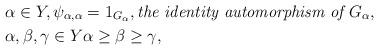
LaTeX: \begin{align*} & \alpha \in Y, \psi_{\alpha, \alpha} = 1_{G_{\alpha}}, \textit{the identity automorphism of } G_{\alpha}, \\& \alpha, \beta, \gamma\in Y \alpha \geq \beta \geq \gamma, \end{align*}